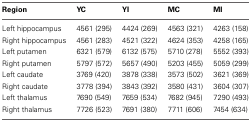
<table><thead><tr><td><b>Region</b></td><td><b>YC</b></td><td><b>YI</b></td><td><b>MC</b></td><td><b>MI</b></td></tr></thead><tbody><tr><td>Left hippocampus</td><td>4561 (295)</td><td>4424 (269)</td><td>4563 (321)</td><td>4263 (158)</td></tr><tr><td>Right hippocampus</td><td>4561 (283)</td><td>4521 (322)</td><td>4624 (353)</td><td>4258 (165)</td></tr><tr><td>Left putamen</td><td>6321 (579)</td><td>6132 (575)</td><td>5710 (278)</td><td>5552 (393)</td></tr><tr><td>Right putamen</td><td>5797 (572)</td><td>5657 (490)</td><td>5203 (455)</td><td>5059 (299)</td></tr><tr><td>Left caudate</td><td>3769 (420)</td><td>3878 (338)</td><td>3573 (502)</td><td>3621 (369)</td></tr><tr><td>Right caudate</td><td>3778 (394)</td><td>3843 (392)</td><td>3580 (431)</td><td>3604 (307)</td></tr><tr><td>Left thalamus</td><td>7690 (549)</td><td>7659 (534)</td><td>7682 (945)</td><td>7290 (493)</td></tr><tr><td>Right thalamus</td><td>7726 (523)</td><td>7691 (380)</td><td>7711 (606)</td><td>7454 (634)</td></tr></tbody></table>